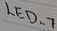
Text: LED_7